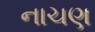
નાચણ